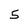
Character: 5